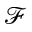
\mathcal { F }